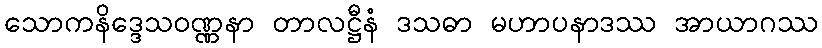
သောကနိဒ္ဒေသဝဏ္ဏနာ တာလဋ္ဌီနံ ဒသဓာ မဟာပနာဒဿ အာယာဂဿ